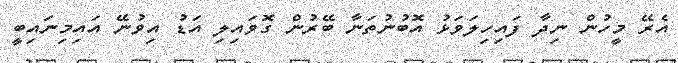
އެރޭ މީހުން ނިދާ ފައިހިލަވަޅު އޮބުނުތަނާ ބޭރުން ގޮވައިލި އަޑު އިވުނޭ އައިމިނައިބީ